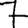
Digit: 7